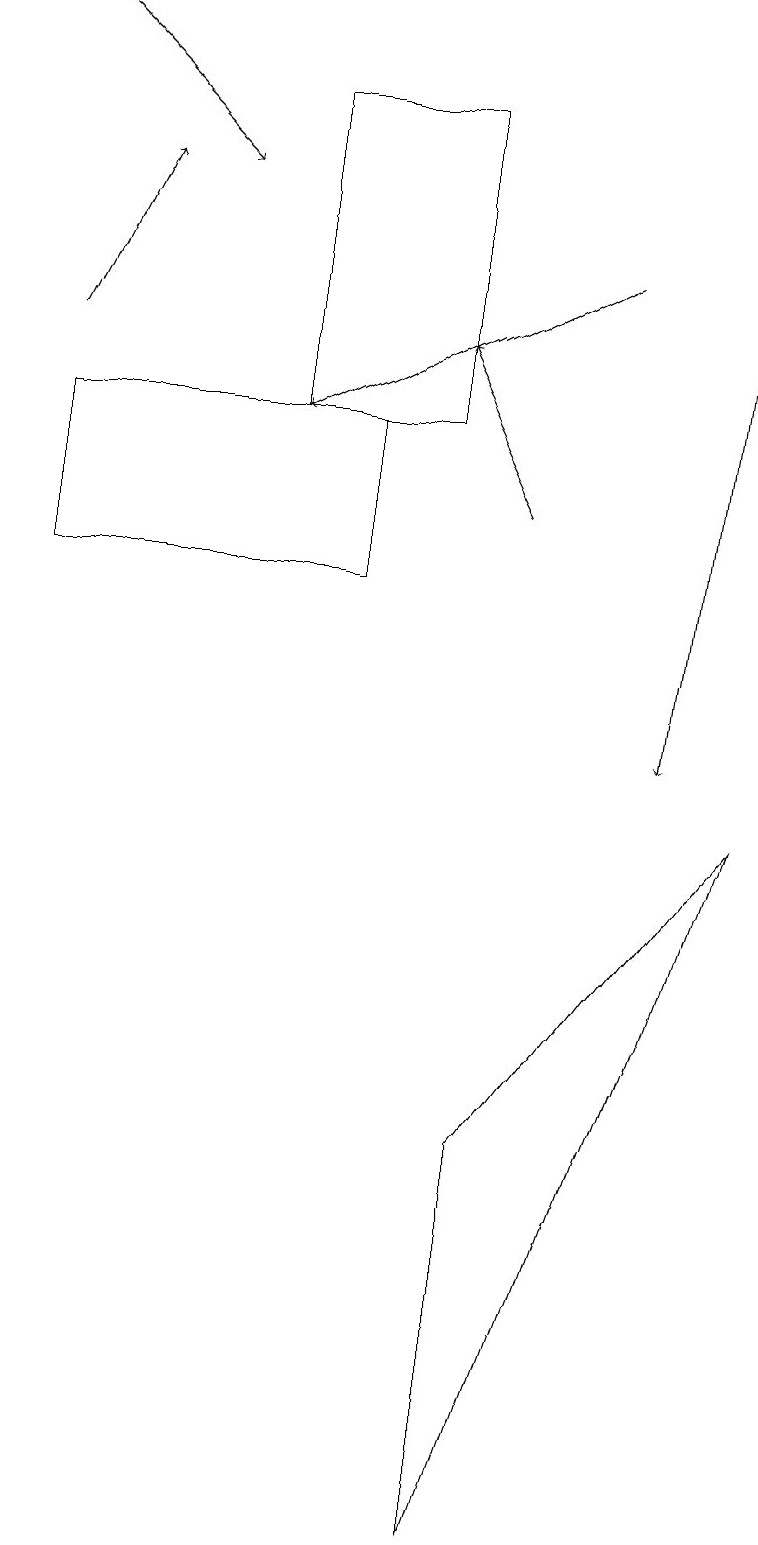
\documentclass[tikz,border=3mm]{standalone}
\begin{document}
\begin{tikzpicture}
\draw (6,0) -- (9,9) -- (6,5) -- cycle;
\draw[->] (0,15) -- (1,17);
\draw (0,14) rectangle (4,12);
\draw[->] (7,16) -- (3,14);
\draw[->] (0,19) -- (2,17);
\draw[->] (6,13) -- (5,15);
\draw[->] (9,18) -- (8,10);
\draw (5,18) rectangle (3,14);
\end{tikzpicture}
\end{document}